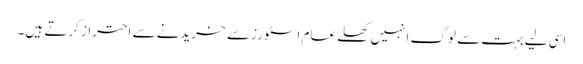
اسی لیے بہت سے لوگ انہیں کھلے عام اسٹورز سے خریدنے سے احتراز کرتے ہیں۔